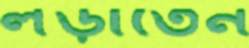
লড়াতেন